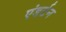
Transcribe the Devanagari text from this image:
एंडर्टन